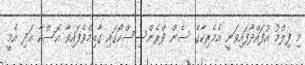
މި ފިލްމު އުފައްދާފައިވަނީ އެމެރިކާގެ ސެން ފްރެންސިސްކޯގައި ގާއިމްވެފައިވާ އޮސްކާ އަދި އެމީ